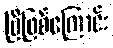
ပြီဖြစ်ကြောင်း